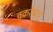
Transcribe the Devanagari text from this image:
वक्ररेषेवर